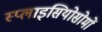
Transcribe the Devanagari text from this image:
स्प्लाइसियोसोमों